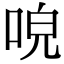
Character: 𠴡